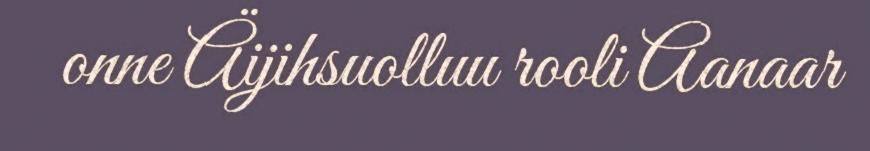
onne Äijihsuolluu rooli Aanaar